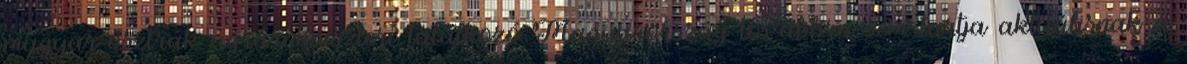
magyar-osztrák agrárminiszteri találkozó Magyarország továbbra sem tartja aktuálisnak a